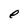
Character: e